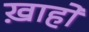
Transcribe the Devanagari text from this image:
ख़ाहों